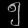
Digit: ၅